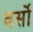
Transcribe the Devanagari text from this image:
वर्सो